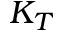
K _ { T }